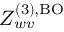
Z _ { w v } ^ { \mathrm { ( 3 ) , B O } }